Source: Handwritten
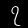
Digit: ၇ (7)